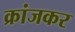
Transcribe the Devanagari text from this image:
क्रांजकर